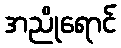
အညိုရောင်